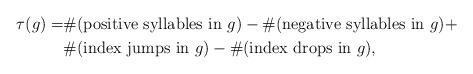
LaTeX: \begin{align*} \tau(g) = &\#(\textup{positive syllables in }g) - \#(\textup{negative syllables in }g) + \\ &\#(\textup{index jumps in }g) - \#(\textup{index drops in }g),\end{align*}